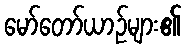
မော်တော်ယာဉ်များ၏